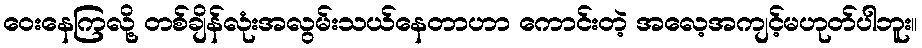
ဝေးနေကြလို့ တစ်ချိန်လုံးအလွမ်းသယ်နေတာဟာ ကောင်းတဲ့ အလေ့အကျင့်မဟုတ်ပါဘူး။